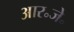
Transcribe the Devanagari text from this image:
आर॰जे॰